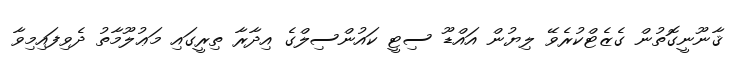
ޤާނޫނީގޮތުން ގެޒެޓްކުރެވޭ ލިޔުން އައްޑޫ ސިޓީ ކައުންސިލްގެ އިދާރާ ތިރީގައި މަޢުލޫމާތު ދެވިފައިމިވާ